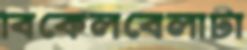
বিকেলবেলাটা